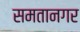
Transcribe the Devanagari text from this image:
समतानगर